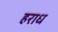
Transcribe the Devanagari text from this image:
हराध